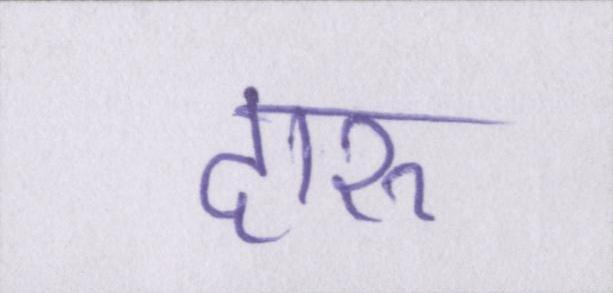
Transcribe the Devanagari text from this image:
दारू